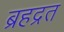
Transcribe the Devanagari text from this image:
ब्रहद्रत